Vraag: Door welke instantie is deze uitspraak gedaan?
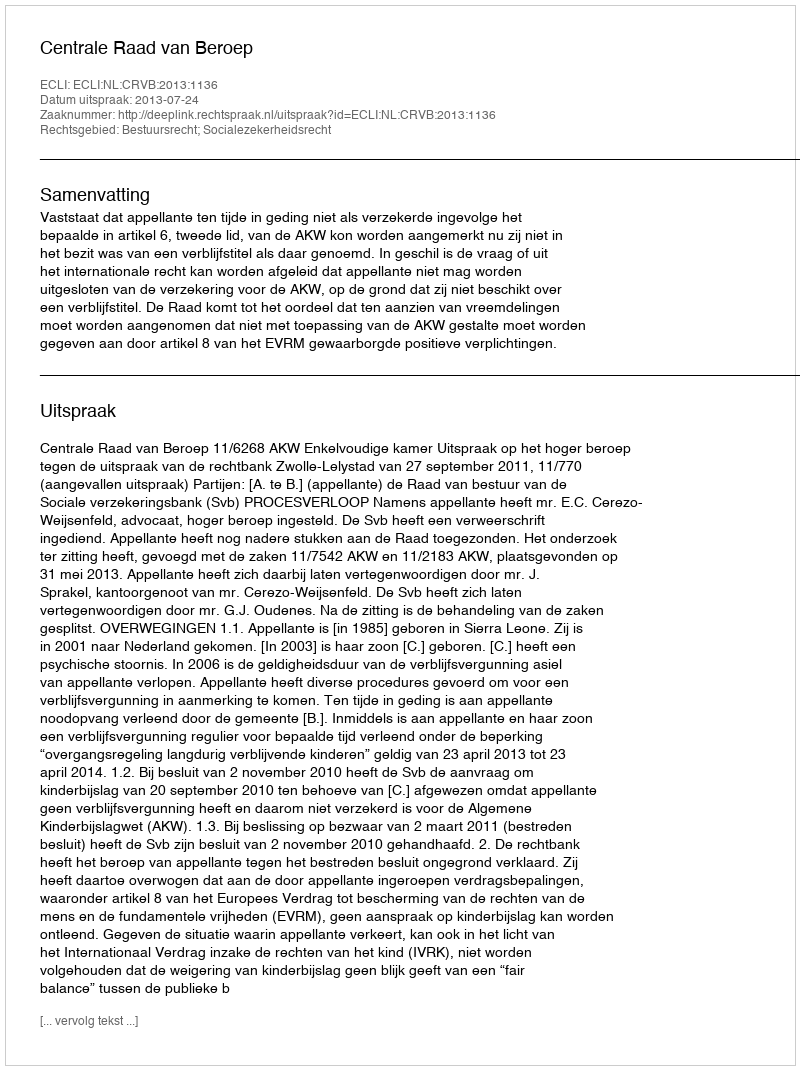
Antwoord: Centrale Raad van Beroep